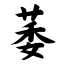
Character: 萎